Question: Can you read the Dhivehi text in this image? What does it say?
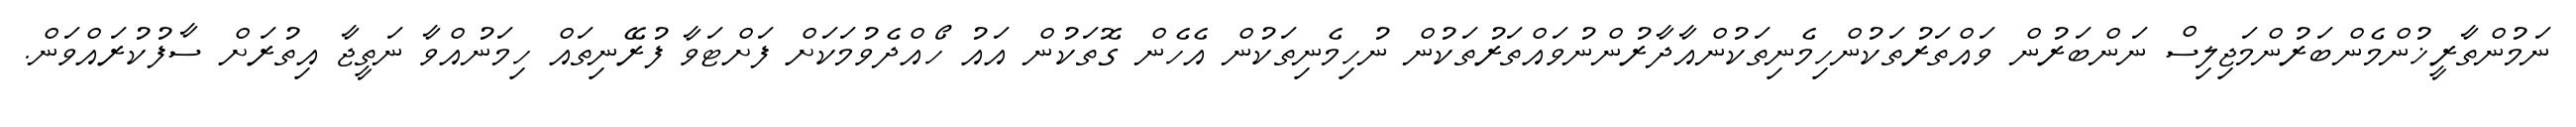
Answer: ނަމުންތާރީޚުންމެންބަރުންމަޖިލިސް ނަންބަރުން ވައްތަރުތަކުންހިމެނިތަކުންއާދާރުންނުވައްތަރުތަކުން ނުހިމެނިތަކުން އެހެން ގޮތަކުން އައު ހޯއްދެވުމަކަށް ފަށްޓަވާ ފުރޭނިތައް ހިމަނުއްވާ ނަތީޖާ އިތުރަށް ސާފުކުރައްވަން.